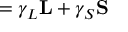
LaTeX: { \bf \mu } = \gamma _ { L } { \bf L } + \gamma _ { S } { \bf S }